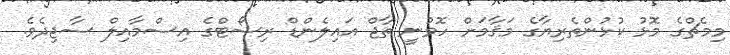
މިމެޗްގެ މޮޅު ކުޅުންތެރިޔާގެ މަޤާމަށް ހޮވުނީ ތާޖް އައިލެންޑް ރިސޯޓްގެ އިސްމާއިލް ސާޖިދެވެ.